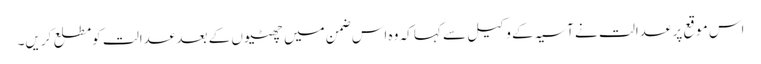
اس موقع پر عدالت نے آسیہ کے وکیل سے کہا کہ وہ اس ضمن میں چھٹیوں کے بعد عدالت کومطلع کریں۔